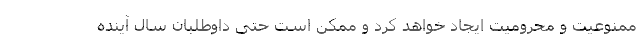
ممنوعیت و محرومیت ایجاد خواهد کرد و ممکن است حتی داوطلبان سال آینده